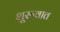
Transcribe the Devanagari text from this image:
शूरूवात